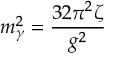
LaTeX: m _ { \gamma } ^ { 2 } = \frac { 3 2 \pi ^ { 2 } \zeta } { g ^ { 2 } }